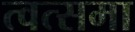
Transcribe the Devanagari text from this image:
त्वत्समा